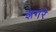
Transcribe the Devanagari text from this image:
झगरे